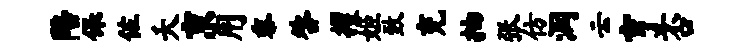
陪保佐夭京用黍咎攫姬致充抽张仿润云亨否